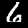
Digit: 6